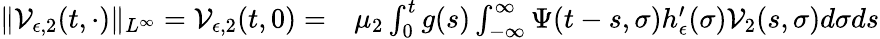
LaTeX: \begin{array}{rl}{\| \mathcal{V}_{\epsilon,2}(t,\cdot)\| _{L^{\infty}}=\mathcal{V}_{\epsilon,2}(t,0)=}&{{}\mu_{2}\int_{0}^{t}g(s)\int_{-\infty}^{\infty}\Psi(t-s,\sigma)h_{\epsilon}^{\prime}(\sigma)\mathcal{V}_{2}(s,\sigma)d\sigma ds}\end{array}